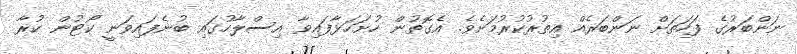
ނަންބަރުގެ ފަހަތަށް ނަންބަރެއް އިތުރުކުރުމަށެވެ. އެގޮތުން ހުށަހަޅާފައިވާ އިސްލާހުގައި ބުނެފައިވަނީ ކޯޓުން ކުރާ